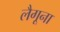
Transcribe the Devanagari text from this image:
लैगूना